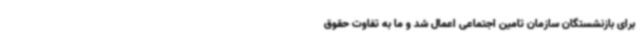
برای بازنشستگان سازمان تامین اجتماعی اعمال شد و ما به تفاوت حقوق